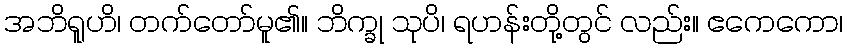
အဘိရူဟိ၊ တက်တော်မူ၏။ ဘိက္ခု သုပိ၊ ရဟန်းတို့တွင် လည်း။ ဧကေကော၊